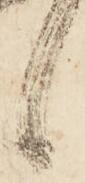
候